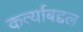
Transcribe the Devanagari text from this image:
कर्त्याबद्दल